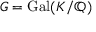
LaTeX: G = { \mathrm { G a l } } ( K / \mathbb { Q } )